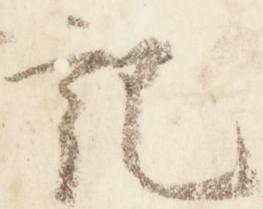
記